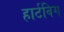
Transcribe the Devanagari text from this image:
हार्टविग